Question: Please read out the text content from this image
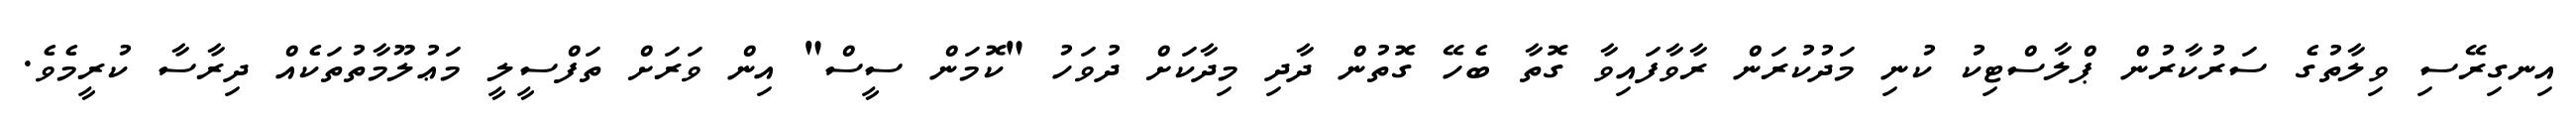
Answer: އިނގިރޭސި ވިލާތުގެ ސަރުކާރުން ޕްލާސްޓިކު ކުނި މަދުކުރަން ރާވާފައިވާ ގޮތާ ބެހޭ ގޮތުން ދާދި މިދާކަށް ދުވަހު "ކޮމަން ސީސް" އިން ވަރަށް ތަފްސީލީ މަޢުލޫމާތުތަކެއް ދިރާސާ ކުރީމެވެ.